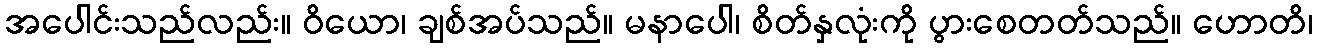
အပေါင်းသည်လည်း။ ဝိယော၊ ချစ်အပ်သည်။ မနာပေါ၊ စိတ်နှလုံးကို ပွားစေတတ်သည်။ ဟောတိ၊